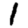
Digit: 1